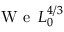
\mathrm { ~ W ~ e ~ } \, L _ { 0 } ^ { 4 / 3 }